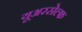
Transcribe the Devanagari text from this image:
यूअरसेल्फ